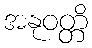
အနုဝတ္တိ